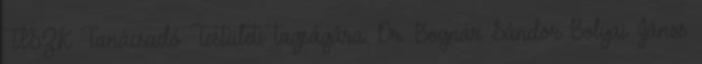
TISZK Tanácsadó Testületi tagságára. Dr. Bognár Sándor Bolyai János